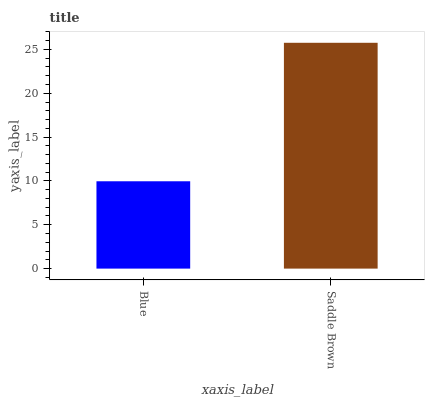
| xaxis_label | bars |
 | --- | --- |
 | Blue | 9.96 |
 | Saddle Brown | 25.8 |